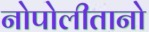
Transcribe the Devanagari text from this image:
नोपोलीतानो